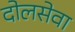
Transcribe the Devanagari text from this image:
दोलसेवा